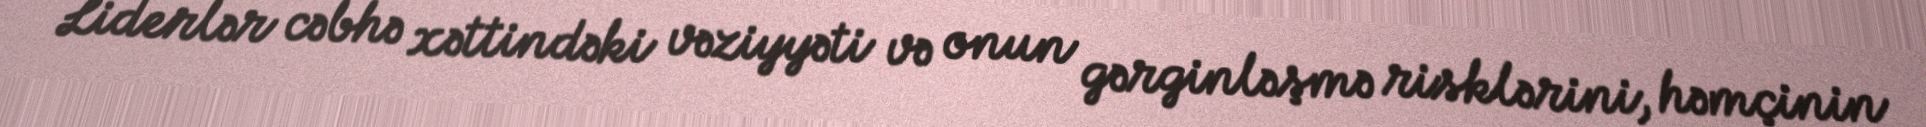
Liderlər cəbhə xəttindəki vəziyyəti və onun gərginləşmə risklərini, həmçinin